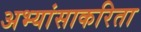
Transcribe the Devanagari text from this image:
अभ्यांसाकरिता